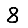
Digit: 8